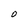
Character: O